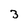
Character: 3